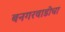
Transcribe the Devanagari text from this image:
बनगरवाडीचा